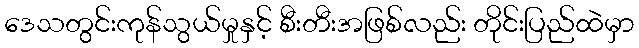
ဒေသတွင်းကုန်သွယ်မှုနှင့် စီးတီးအဖြစ်လည်း တိုင်းပြည်ထဲမှာ